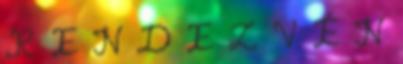
R E N D E Z V É N